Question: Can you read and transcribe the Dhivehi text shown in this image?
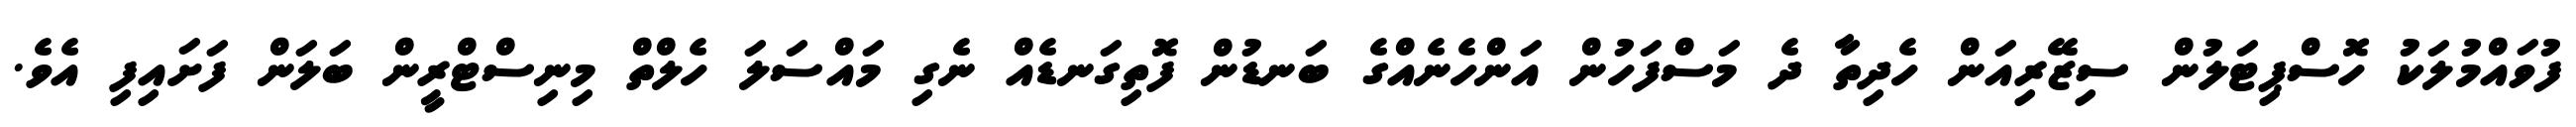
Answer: ފުވައްމުލަކު ހޮސްޕިޓަލުން ސިޒޭރިއަން ހެދިތާ ދެ މަސްފަހުން އަންހެނެއްގެ ބަނޑުން ފޮތިގަނޑެއް ނެގި މައްސަލަ ހެލްތް މިނިސްޓްރީން ބަލަން ފަށައިފި އެވެ.